Problem: 39 + 19 = ?
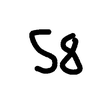
Handwritten answer: 58